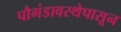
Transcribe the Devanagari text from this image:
पौगंडावस्थेपासून